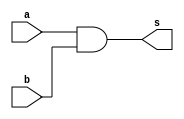
// --------------------- 
// Exercicio09
// Nome: Raphael Quintao 
// ---------------------


module andgate0 (output s, input a, input b); 
assign s = (a & b) ; 
endmodule // 
 
module andgate (output s, input a, input b, input c); 
wire x;
andgate0 and0 (x, a, b);
andgate0 and1 (s, x, c);
endmodule // 
// --------------------- 
// -- 
// --------------------- 
module test; 
// ------------------------- dados locais 
reg a,b,c; // definir registrador 
wire s; // definir conexao (fio) 
// ------------------------- instancia 
andgate and2 (s, a, b, c); 
// ------------------------- preparacao 
initial begin:start 
a=0;  
b=0;
c=0;
end 
// ------------------------- parte principal 
initial begin:main 
$display("Exercicio 09 - Raphael Quintao - 445171"); 
$display("Test AND gate"); 
$display("\n(a & b & c) = s\n");
$monitor("%b & %b & %b = %b", a, b, c, s);
#1 a=0; b=0; c=0; 
#1 a=0; b=0; c=1;
#1 a=0; b=1; c=0;
#1 a=0; b=1; c=1;
#1 a=1; b=0; c=0;
#1 a=1; b=0; c=1;
#1 a=1; b=1; c=0;
#1 a=1; b=1; c=1;

end 
endmodule //